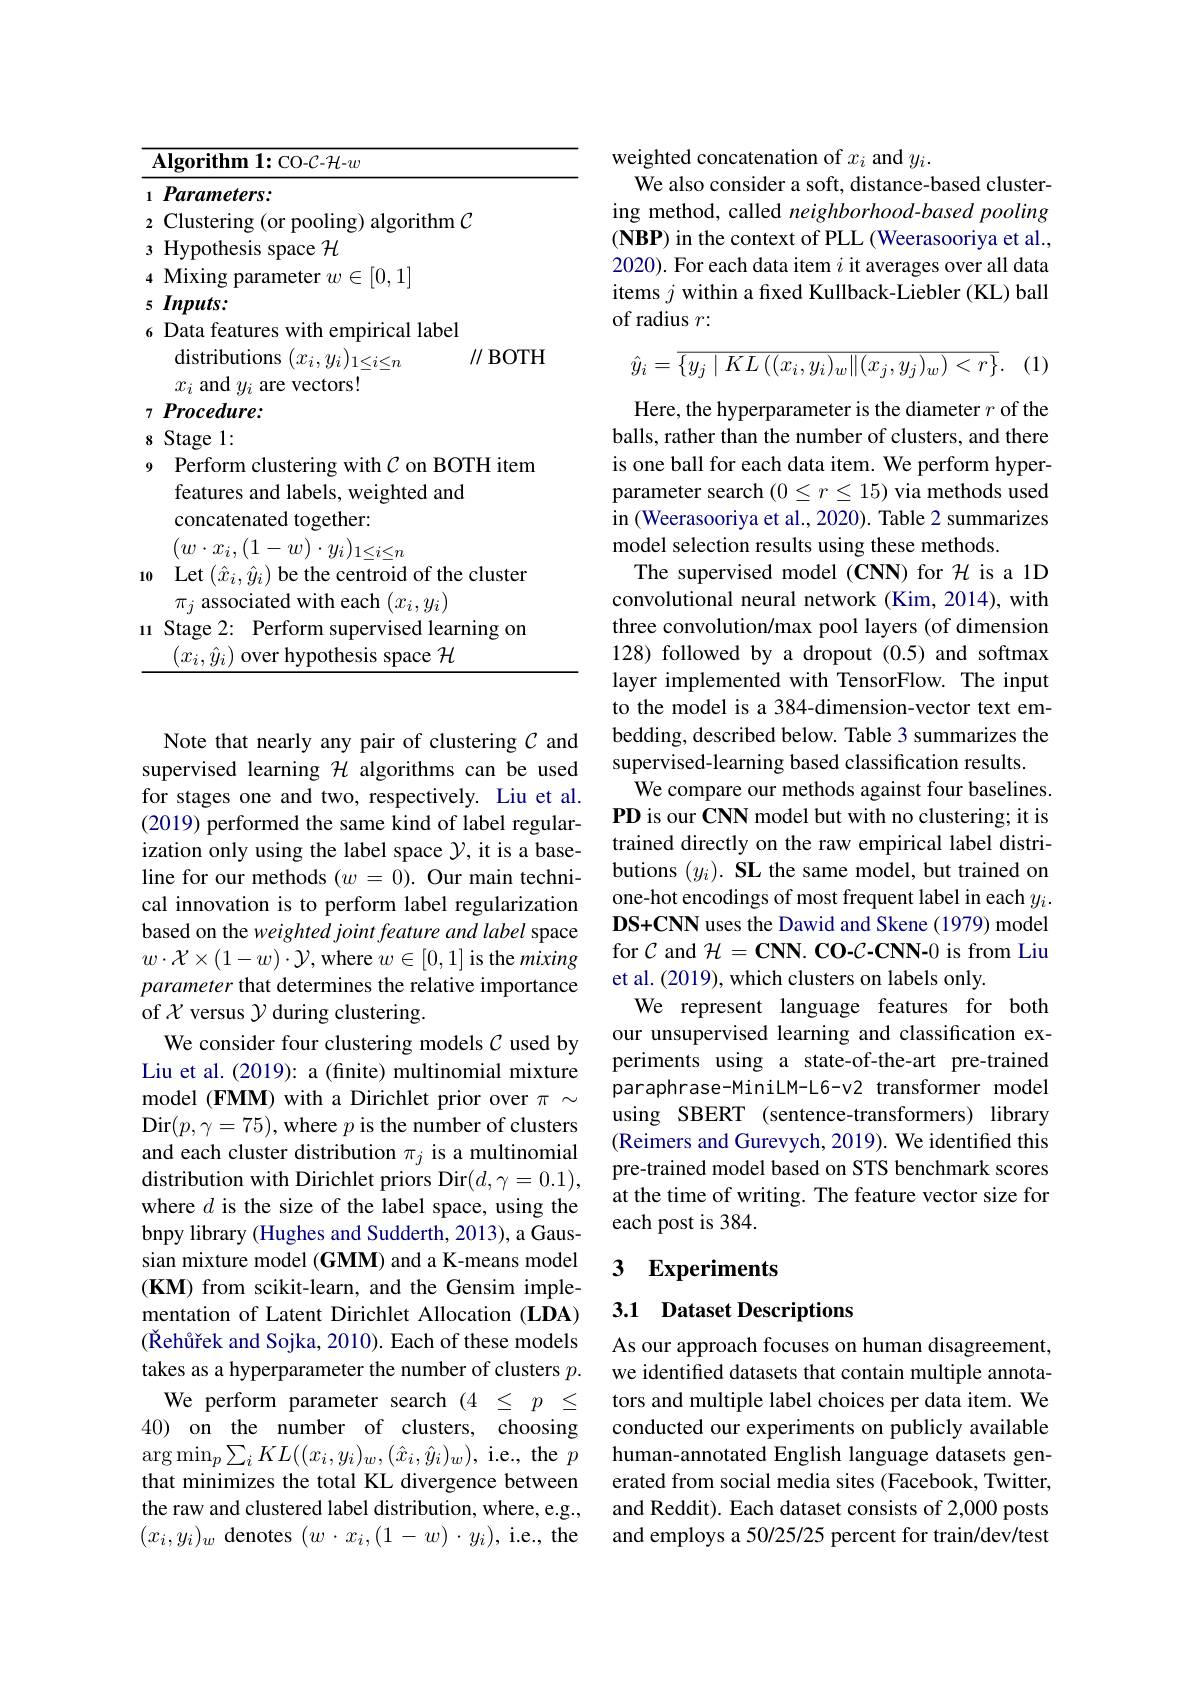
<table>
	<tbody>
		<tr>
			<td>T</td>
			<td>${\mathrm{lgorithm~1:CO-C-}}{\mathcal H-w}$</td>
		</tr>
		<tr>
			<td>1</td>
			<td>Parameters:</td>
		</tr>
		<tr>
			<td>2</td>
			<td>Clustering (or pooling) algorithm $\mathcal{C}$</td>
		</tr>
		<tr>
			<td>3</td>
			<td>Hypothesis space $\mathcal{H}$</td>
		</tr>
		<tr>
			<td>4</td>
			<td>${\mathrm{Mixing~parameter~}}w\in[0,1]$</td>
		</tr>
		<tr>
			<td>5</td>
			<td>$Inputs:$</td>
		</tr>
		<tr>
			<td>6</td>
			<td>Data features with empirical label distributions $(x_{i},u_{i}$ $\parallel$BOTH</td>
		</tr>
		<tr>
			<td> </td>
			<td>$x_{i}$ and $y_{i}$ are vectors!</td>
		</tr>
		<tr>
			<td>7</td>
			<td>${\mathbf{c}}\boldsymbol{u}\boldsymbol{w}\boldsymbol{v}$</td>
		</tr>
		<tr>
			<td>8</td>
			<td>12</td>
		</tr>
		<tr>
			<td rowspan="1">9</td>
			<td>Perform clustering with C on BOITH item features and labels, weighted and concatenated together:</td>
		</tr>
		<tr>
			<td>10</td>
			<td>Let $(\hat{x}_{i},\hat{y}_{i})$ be the centroid of the cluster $\pi_{i}$ associated with each $1(x_{i},v_{i})$</td>
		</tr>
		<tr>
			<td>111</td>
			<td>$\operatorname{Stage}2:$ Perform supervised learning on $x_{i},\hat{y}_{i}$ over hypothesis space $\mathcal{H}$</td>
		</tr>
	</tbody>
</table>

Note that nearly any pair of clustering $C$ and supervised learning $\mathcal{H}$ algorithms can be used for stages one and two, respectively. Liu et al. (2019) performed the same kind of label regularization only using the label space $\mathcal{Y}$,it is a baseline for our methods $(w=0).$ Our main technical innovation is to perform label regularization based on the weighted joint feature and label space $w\cdot\mathcal{X}\times(1-w)\cdot\mathcal{Y}$,where $w\in[0,1]$ is the mixing parameter that determines the relative importance of $\mathcal{X}$ versus $\mathcal{Y}$ during clustering.
We consider four clustering models $C$ used by Liu et al. (2019): a (finite) multinomial mixture model (FMM) with a Dirichlet prior over $\pi\sim$ Dir$(p,\gamma=75)$,where $p$ is the number of clusters and each cluster distribution $\pi_j$ is a multinomial distribution with Dirichlet priors Dir$(d,\gamma=0.1)$, where $d$ is the size of the label space, using the bnpy library (Hughes and Sudderth, 2013), a Gaussian mixture model $(\mathbf{GMM})$ and a K-means model $(\mathbf{KM})$ from scikit-learn, and the Gensim implementation of Latent Dirichlet Allocation (LDA) $( \text{\v {R}eh\^ {u}\v {r}ekandSojka, 2010) . Eachofthesemodels}$ takes as a hyperparameter the number of clusters $p.$ We perform parameter search $(4\leq p\leq$
40) on the number of clusters, choosing $\arg\min_p\sum_iKL((x_i,y_i)_w,(\hat{x}_i,\hat{y}_i)_w)$,i.e., the $p$ that minimizes the total KL divergence between the raw and clustered label distribution, where, e.g., $(x_i,y_i)_w$ denotes $(w\cdot x_i,(1-w)\cdot y_i)$, i.e., the

weighted concatenation of $x_i$ and $y_i.$
We also consider a soft, distance-based clustering method, called neighborhood-based pooling $( \textbf{NBP) in the context of PLL ( Weerasooriya et al. , }$ 2020). For each data item $i$ it averages over all data items $j$ within a fxed Kullback-Liebler (KL) ball of radius $r:$
$$\hat{y}_{i}=\overline{\{y_{j}\mid KL\left((x_{i},y_{i})_{w}\|(x_{j},y_{j})_{w}\right)<r\}}.$$
(1)

Here, the hyperparameter is the diameter $r$ of the balls, rather than the number of clusters, and there is one ball for each data item. We perform hyperparameter search $(0\leq r\leq15)$ via methods used in (Weerasooriya et al., 2020). Table 2 summarizes model selection results using these methods.
The supervised model (CNN) for $\mathcal{H}$ is a 1D convolutional neural network (Kim, 2014), with three convolution/max pool layers (of dimension 128) followed by a dropout (0.5) and softmax layer implemented with TensorFlow. The input to the model is a 384-dimension-vector text embedding, described below. Table 3 summarizes the supervised-learning based classification results.
We compare our methods against four baselines. PD is our CNN model but with no clustering; it is trained directly on the raw empirical label distributions $( y_{i}) . \textbf{SL the same model, but trained on}$ one-hot encodings of most frequent label in each $y_i.$ DS+CNN uses the Dawid and Skene (1979) model for $\mathcal{C}$ and $\mathcal{H} = \mathbf{CNN}. \textbf{ CO- }\mathcal{C} \textbf{- CNN- 0 is from Liu}$ et al. (2019), which clusters on labels only.
We represent language features for both our unsupervised learning and classification experiments using a state-of-the-art pre-trained paraphrase-MiniLM-L6-v2 transformer model using SBERT (sentence-transformers) library (Reimers and Gurevych, 2019). We identified this pre-trained model based on STS benchmark scores at the time of writing. The feature vector size for each post is 384.

### 3 Experiments

## 3.1 Dataset Descriptions

As our approach focuses on human disagreement, we identified datasets that contain multiple annotators and multiple label choices per data item. We conducted our experiments on publicly available human-annotated English language datasets generated from social media sites (Facebook, Twitter, and Reddit). Each dataset consists of 2,000 posts and employs a 50/25/25 percent for train/dev/test